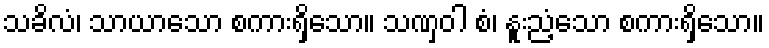
သခိလံ၊ သာယာသော စကားရှိသော။ သဏှဝါ စံ၊ နူးညံ့သော စကားရှိသော။